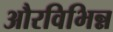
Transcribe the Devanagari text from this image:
औरविभिन्न